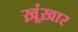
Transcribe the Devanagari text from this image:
ख़ूंख़ार